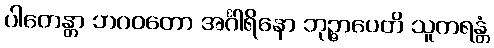
ပါတေန္တာ ဘဂဝတော အင်္ဂါရိနော ဘုဉ္ဇာပေတိ သူကရန္တံ